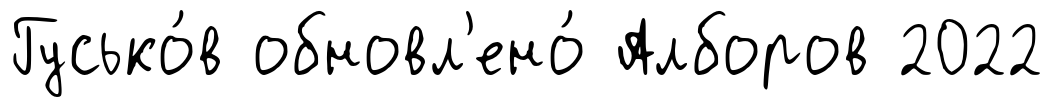
Гусько́в обновл'ено́ Алборов 2022